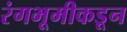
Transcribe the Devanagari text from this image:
रंगभूमीकडून